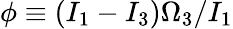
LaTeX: \phi\equiv(I_{1}-I_{3})\Omega_{3}/I_{1}